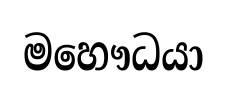
මහෞධයා